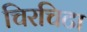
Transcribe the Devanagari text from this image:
चिरचिटा